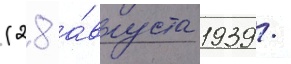
(28 а́вгуста 1939 /